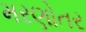
મરણોતર